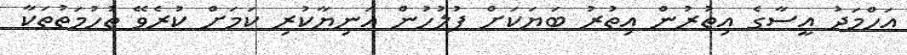
އަހްމަދު އީސާގެ އިތުރުން އިތުރު ބަޔަކަށް ފުލުހުން އަނިޔާކުރި ކަމަށް ކުރެވޭ ތުހުމަތުތަކާ